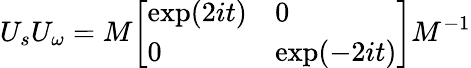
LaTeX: U_{s}U_{\omega}=M{\left[\begin{array}{ll}{\exp(2it)}&{0}\\ {0}&{\exp(-2it)}\end{array}\right]}M^{-1}